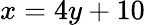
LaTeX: x=4y+10